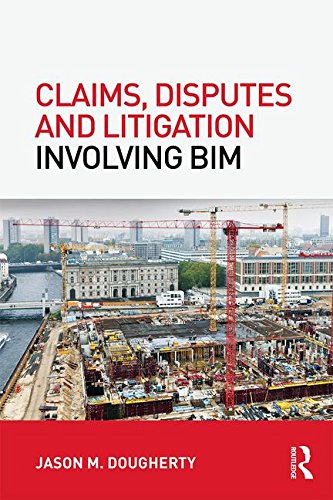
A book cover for Claims, Disputes and Litigation Involving BIM; Jason M Dougherty; Law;